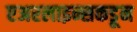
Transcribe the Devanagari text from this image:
एअरलाइन्सकडून